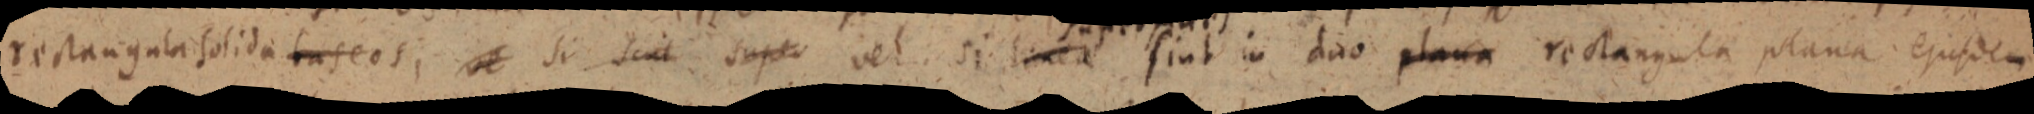
rectangula solida baseos; ve si suit super vel si linea fiat in duo plana rectangula plana ejusdem